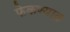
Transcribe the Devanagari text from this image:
फेकण्यात